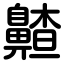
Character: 齄